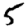
Digit: 5